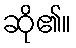
ဆို၏။